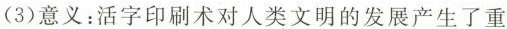
（3）意义：活字印刷术对人类文明的发展产生了重